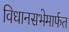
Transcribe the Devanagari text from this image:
विधानसभेमार्फत